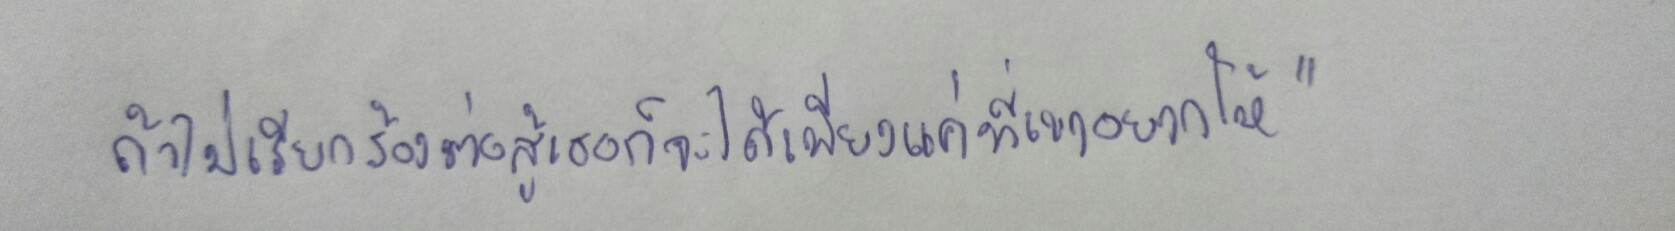
ถ้าไม่เรียกร้องต่อสู้เธอก็จะได้เพียงแค่ที่เขาอยากให้"